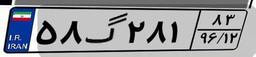
۵۸گ۲۸۱۸۳